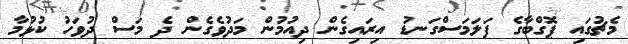
މެޗުގައި ޕޮގްބާގެ ފަލަމަސްގަނޑު އިރައިގެން ދިއުމުން މަދުވެގެން ދެ މަސް ދުވަހު ކުޅުމާ